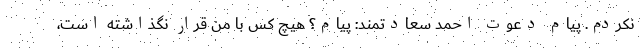
نکردم. پیام دعوت احمد سعادتمند: پیام؟ هیچ کس با من قرار نگذاشته است،